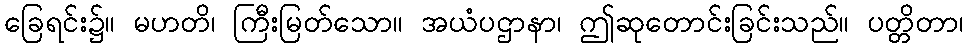
ခြေရင်း၌။ မဟတိ၊ ကြီးမြတ်သော။ အယံပဌာနာ၊ ဤဆုတောင်းခြင်းသည်။ ပတ္တိတာ၊